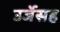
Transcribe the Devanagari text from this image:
उर्जेसह